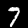
Digit: 7